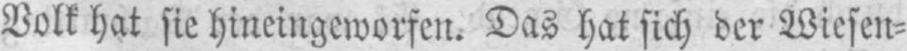
Volk hat sie hineingeworfen. Das hat sich der Wiesen⸗